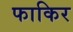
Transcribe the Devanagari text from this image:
फाकिर